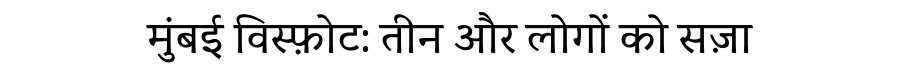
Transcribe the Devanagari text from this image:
मुंबई विस्फ़ोट: तीन और लोगों को सज़ा